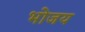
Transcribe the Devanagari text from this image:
भोजय